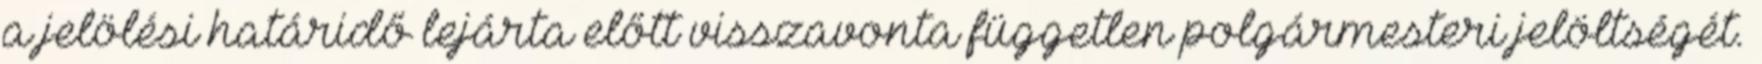
a jelölési határidő lejárta előtt visszavonta független polgármesteri jelöltségét.